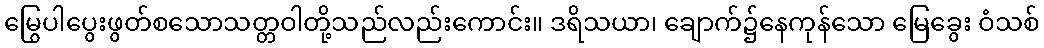
မြွေပါပွေးဖွတ်စသောသတ္တဝါတို့သည်လည်းကောင်း။ ဒရိသယာ၊ ချောက်၌နေကုန်သော မြေခွေး ဝံသစ်